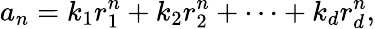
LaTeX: a_{n}=k_{1}r_{1}^{n}+k_{2}r_{2}^{n}+\cdots+k_{d}r_{d}^{n},